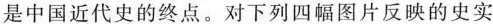
是中国近代史的终点。对下列四幅图片反映的史实